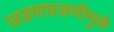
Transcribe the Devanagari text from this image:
जडणघडणीमुळे